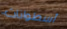
أسطوانات